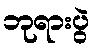
ဘုရားပွဲ